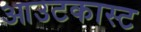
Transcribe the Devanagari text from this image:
आउटकास्ट